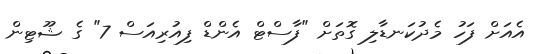
އެއަށް ފަހު މެދުކަނޑާލި ގޮތަށް "ފާސްޓް އެންޑް ފިއުރިއަސް 7" ގެ ޝޫޓިން